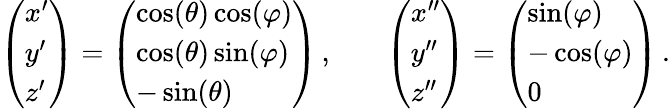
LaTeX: \begin{array}{rlr}{\left(\begin{array}{l}{x^{\prime}}\\ {y^{\prime}}\\ {z^{\prime}}\end{array}\right)=\left(\begin{array}{l}{\cos(\theta)\cos(\varphi)}\\ {\cos(\theta)\sin(\varphi)}\\ {-\sin(\theta)}\end{array}\right)\, ,}&{}&{\left(\begin{array}{l}{x^{\prime\prime}}\\ {y^{\prime\prime}}\\ {z^{\prime\prime}}\end{array}\right)=\left(\begin{array}{l}{\sin(\varphi)}\\ {-\cos(\varphi)}\\ {0}\end{array}\right)\, .}\end{array}